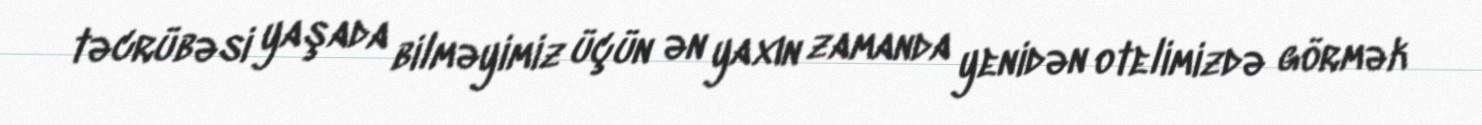
təcrübəsi yaşada bilməyimiz üçün ən yaxın zamanda yenidən otelimizdə görmək